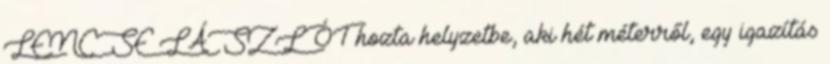
LENCSE LÁSZLÓT hozta helyzetbe, aki hét méterről, egy igazítás